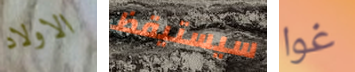
الاولاد سيستيقظ غوا